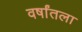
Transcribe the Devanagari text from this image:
वर्षांतला